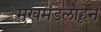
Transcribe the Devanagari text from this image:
मुखमंडलाहून